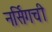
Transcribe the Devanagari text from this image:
नर्सिगची